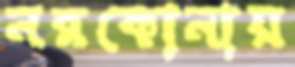
নরকোনায়